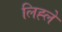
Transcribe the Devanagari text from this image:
लिह्ले